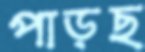
পাড়ছ